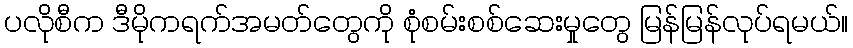
ပလိုစီက ဒီမိုကရက်အမတ်တွေကို စုံစမ်းစစ်ဆေးမှုတွေ မြန်မြန်လုပ်ရမယ်။